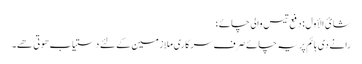
شائ الأول : دفع تیس والی چائے؛
رانے دی ہائم پر یہ چائے صرف سرکاری ملازمین کے لئے دستیاب ھوتی ھے۔